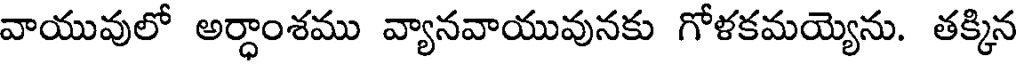
వాయువులో అర్ధాంశము వ్యానవాయువునకు గోళకమయ్యెను. తక్కిన